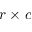
r \times c